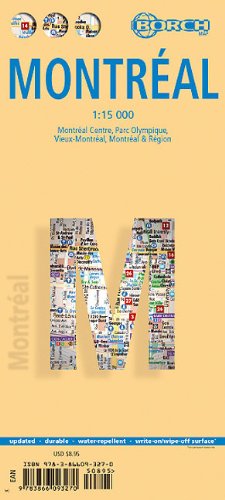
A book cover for Laminated Montreal Map by Borch (English Edition); Borch; Travel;